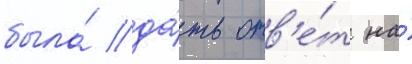
была́ да́ть отв'е́т на́